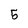
Character: 5